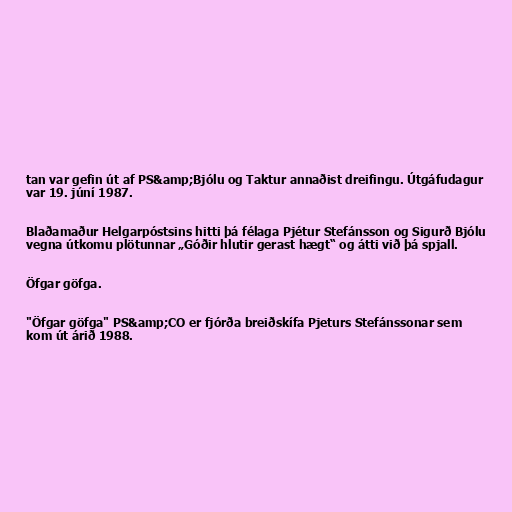
tan var gefin út af PS&amp;Bjólu og Taktur annaðist dreifingu. Útgáfudagur
var 19. júní 1987.

Blaðamaður Helgarpóstsins hitti þá félaga Pjétur Stefánsson og Sigurð Bjólu
vegna útkomu plötunnar „Góðir hlutir gerast hægt“ og átti við þá spjall.

Öfgar göfga.

"Öfgar göfga" PS&amp;CO er fjórða breiðskífa Pjeturs Stefánssonar sem
kom út árið 1988.